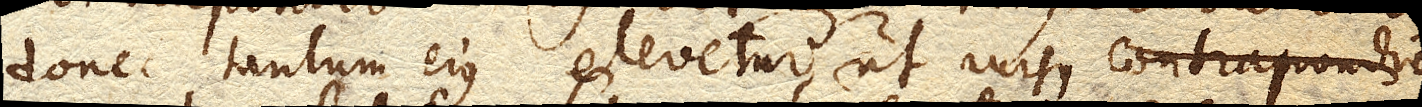
donec tantum ejus elevetur, ut rursus contrapondios